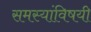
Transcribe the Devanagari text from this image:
समस्यांविषयी